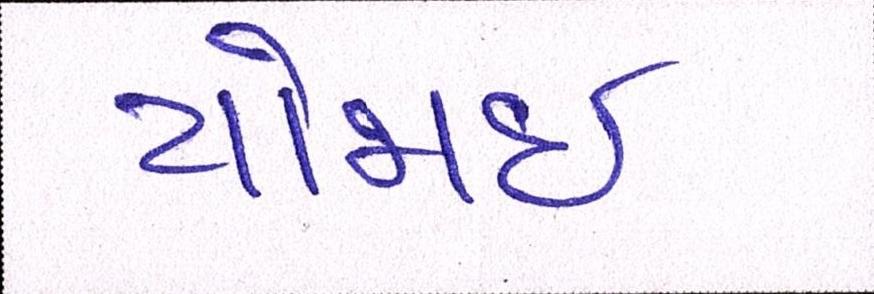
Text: યોજાઈ